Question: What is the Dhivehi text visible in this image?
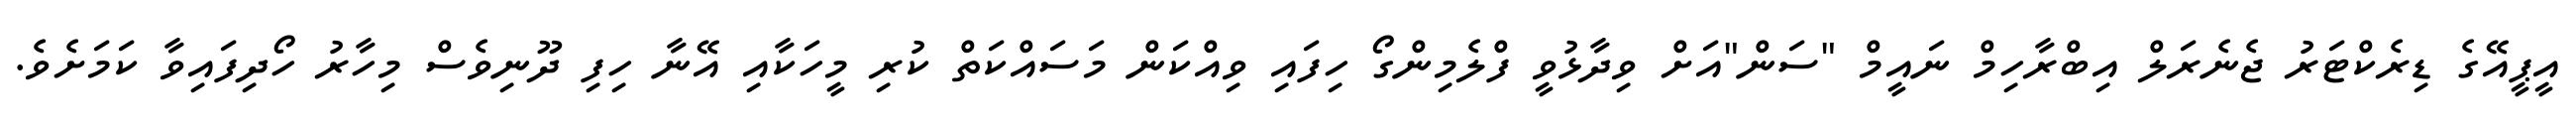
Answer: އީޕީއޭގެ ޑިރެކްޓަރު ޖެނެރަލް އިބްރާހިމް ނައީމް "ސަން"އަށް ވިދާޅުވީ ފްލެމިންގޯ ހިފައި ވިއްކަން މަސައްކަތް ކުރި މީހަކާއި އޭނާ ހިފި ދޫނިވެސް މިހާރު ހޯދިފައިވާ ކަމަށެވެ.